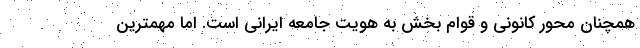
همچنان محور کانونی و قوام بخش به هویت جامعه ایرانی است. اما مهمترین